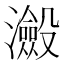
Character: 𭳮